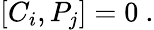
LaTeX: [C_{i},P_{j}]=0~.